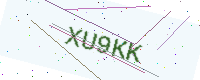
Text: XU9KK